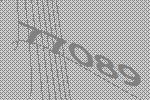
77089